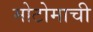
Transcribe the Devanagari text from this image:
मोटोमाची